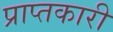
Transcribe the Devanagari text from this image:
प्राप्तकारी